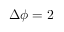
\Delta \phi = 2 { \it \Delta \Psi }